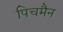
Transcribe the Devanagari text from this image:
पिचमैन